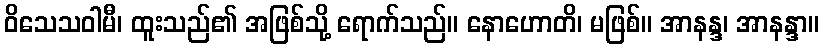
ဝိသေသဝါမီ၊ ထူးသည်၏ အဖြစ်သို့ ရောက်သည်။ နောဟောတိ၊ မဖြစ်။ အာနန္ဒ၊ အာနန္ဒာ။